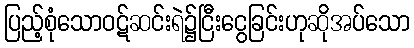
ပြည့်စုံသောဝဋ်ဆင်းရဲ၌ငြီးငွေခြင်းဟုဆိုအပ်သော